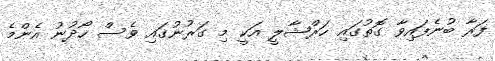
ފަރާ ބުނެފައިވާ ގޮތުގައި ހަރްޝާލީ އަކީ މި ގަރުނުގައި ވެސް ހޯދުނު އެންމެ